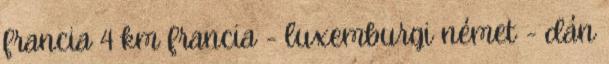
francia 4 km francia - luxemburgi német - dán